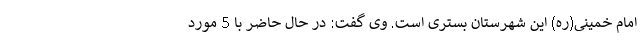
امام خمینی(ره) این شهرستان بستری است. وی گفت: در حال حاضر با 5 مورد